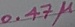
Text: 0.47µ